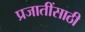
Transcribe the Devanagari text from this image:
प्रजातींसाठी